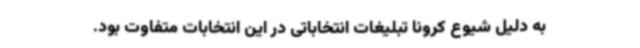
به دلیل شیوع کرونا تبلیغات انتخاباتی در این انتخابات متفاوت بود.